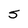
Character: S